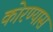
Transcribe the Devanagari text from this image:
कोरण्यास